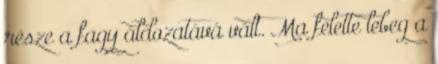
része a fagy áldozatává vált. Ma felette lebeg a